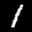
Label: 1